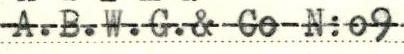
A.B.W.G.& Co N:o9